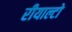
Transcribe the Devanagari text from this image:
रीयाल्टो